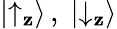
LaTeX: |{\uparrow}_{\mathbf{z}}\rangle\, ,\; |{\downarrow}_{\mathbf{z}}\rangle